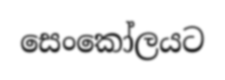
සෙංකෝලයට